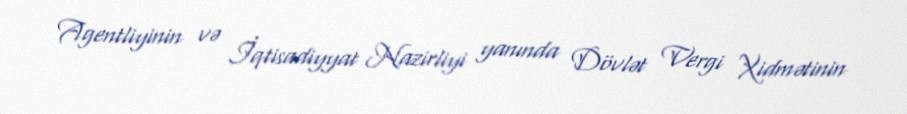
Agentliyinin və İqtisadiyyat Nazirliyi yanında Dövlət Vergi Xidmətinin